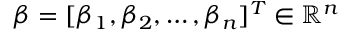
\beta = [ \beta _ { 1 } , \beta _ { 2 } , \dots , \beta _ { n } ] ^ { T } \in \mathbb { R } ^ { n }